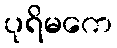
ပုရိမကေ